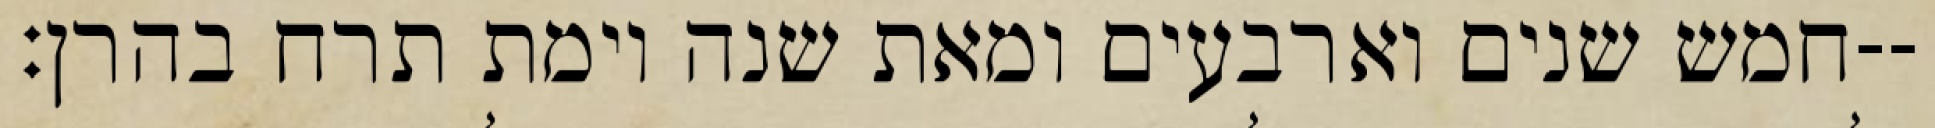
חמש שנים וארבעים ומאת שנה וימת תרח בהרן׃--